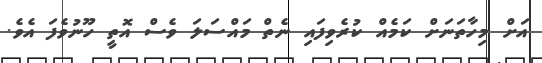
އަށް މިހާތަނަށް ކަމެއް ކުރެވިފައި ނެތް މައްސަލަ ވެސް އޮތީ ހޫނުވެފަ އެވެ.